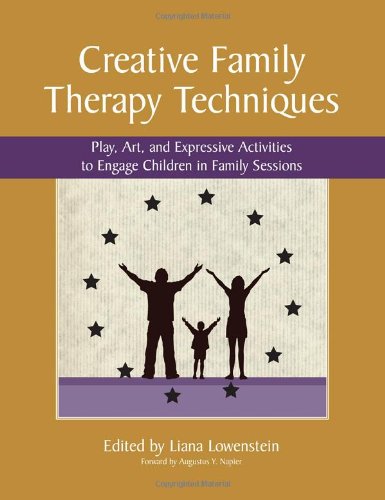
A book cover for Creative Family Therapy Techniques: Play, Art, and Expressive Activities to Engage Children in Family Sessions; Liana Lowenstein; Health, Fitness & Dieting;